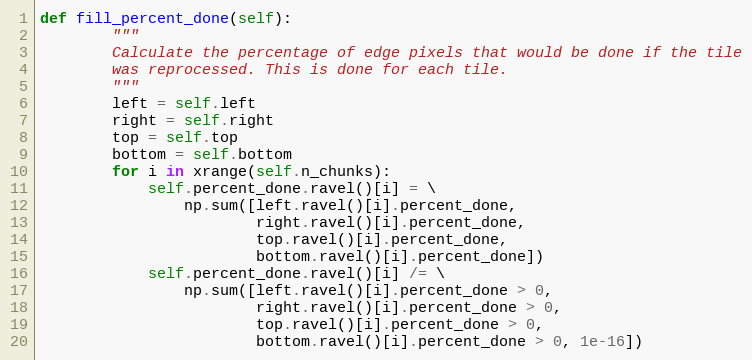
Language: Python
def fill_percent_done(self):
        """
        Calculate the percentage of edge pixels that would be done if the tile
        was reprocessed. This is done for each tile.
        """
        left = self.left
        right = self.right
        top = self.top
        bottom = self.bottom
        for i in xrange(self.n_chunks):
            self.percent_done.ravel()[i] = \
                np.sum([left.ravel()[i].percent_done,
                        right.ravel()[i].percent_done,
                        top.ravel()[i].percent_done,
                        bottom.ravel()[i].percent_done])
            self.percent_done.ravel()[i] /= \
                np.sum([left.ravel()[i].percent_done > 0,
                        right.ravel()[i].percent_done > 0,
                        top.ravel()[i].percent_done > 0,
                        bottom.ravel()[i].percent_done > 0, 1e-16])